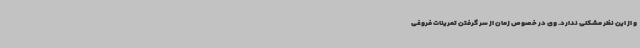
و از این نظر مشکلی ندارد. وی در خصوص زمان از سر گرفتن تمرینات فروغی